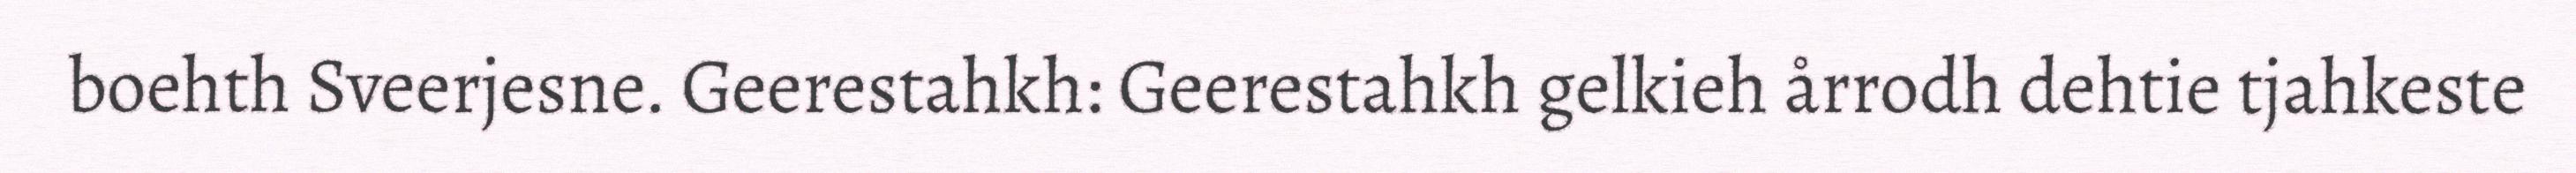
boehth Sveerjesne. Geerestahkh: Geerestahkh gelkieh årrodh dehtie tjahkeste